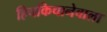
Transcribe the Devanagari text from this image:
हिचकिचानेवाला